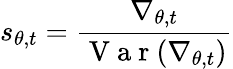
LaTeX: s_{\theta,t}=\frac{\nabla_{\theta,t}}{\mathrm{~V~a~r~}(\nabla_{\theta,t})}